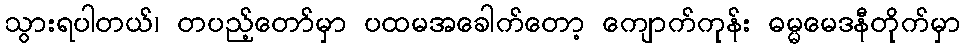
သွားရပါတယ်၊ တပည့်တော်မှာ ပထမအခေါက်တော့ ကျောက်ကုန်း ဓမ္မမေဒနီတိုက်မှာ